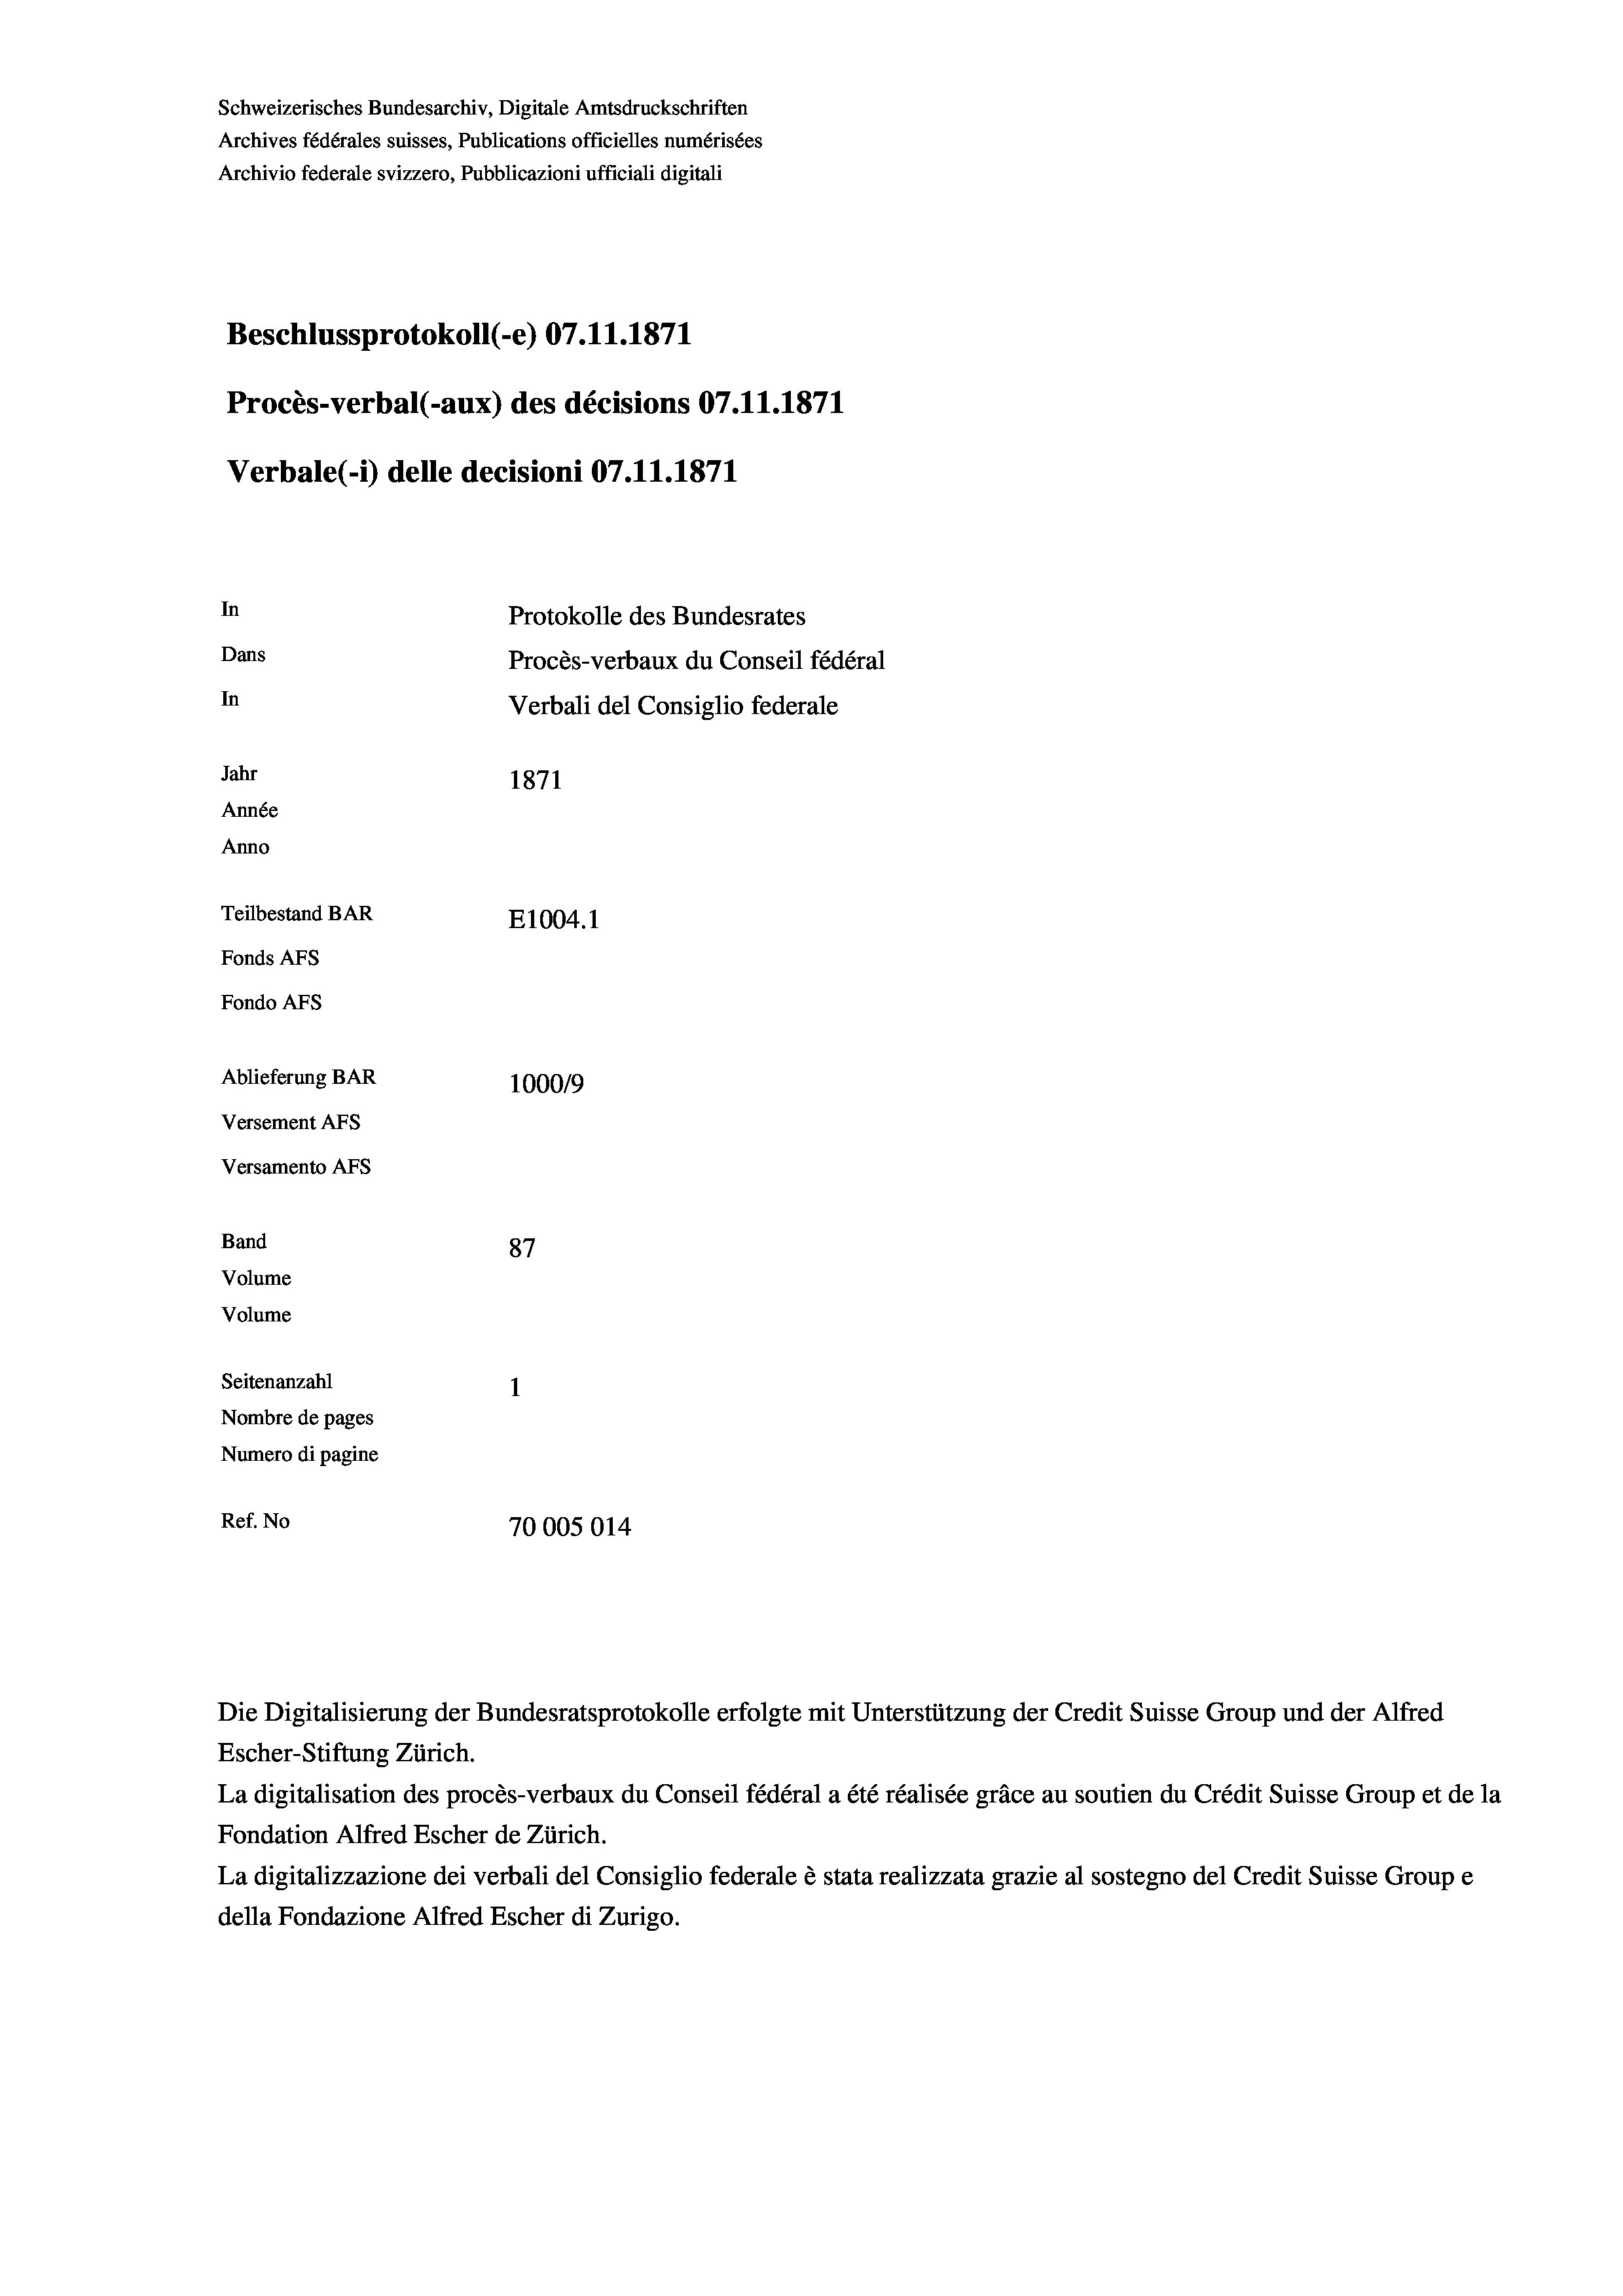
Schweizerisches Bundesarchiv, Digitale Amtsdruckschriften
Archives fédérales suisses, Publications officielles numérisées
Archivio federale svizzero, Pubblicazioni ufficiali digitali
Beschlussprotokoll (-e) 07.11.1871
Procès-verbal (-aux) des décisions 07.11.1871
Verbale (- 1) delle decisioni 07.11.1871
In
Protokolle des Bundesrates
Dans
Procès-verbaux du Conseil fédéral
In
Verbali del Consiglio federale
Jahr
1871
Année
Anno
Teilbestand BAR
E1004. 1
Fonds AFs
Fondo AFs
Ablieferung BAR
100019
Versement AFS
Versamento Afs
Band
87
Volume
Volume
Seitenanzahl
Nombre de pages
Numero di pagine
Ref. No
70005014

Die Digitalisierung der Bundesratsprotokolle erfolgte mit Unterstützung der Credit Suisse Group und der Alfred
Escher-Stiftung Zürich.
La digitalisation des procès-verbaux du Conseil fédéral a été réalisée gräce au soutien du Crédit Suisse Group et de la
Fondation Alfred Escher de Zürich.
La digitalizzazione dei verbali del Consiglio federale è stata realizzata grazie al sostegno del Credit Suisse Groupe
della Fondazione Alfred Escher di Zurigo.